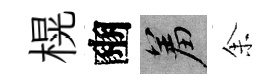
榥豳羞𪜬